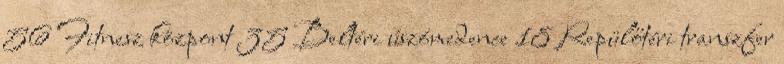
56 Fitnesz központ 35 Beltéri úszómedence 18 Repülőtéri transzfer